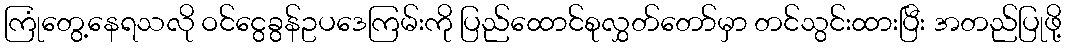
ကြုံတွေ့နေရသလို ဝင်ငွေခွန်ဥပဒေကြမ်းကို ပြည်ထောင်စုလွှတ်တော်မှာ တင်သွင်းထားပြီး အတည်ပြုဖို့